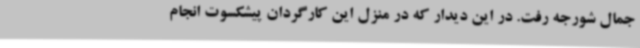
جمال شورجه رفت. در این دیدار که در منزل این کارگردان پیشکسوت انجام